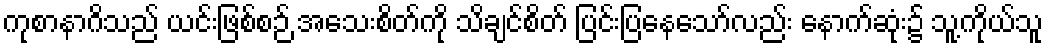
ကုစာနာဂိသည် ယင်းဖြစ်စဉ် အသေးစိတ်ကို သိချင်စိတ် ပြင်းပြနေသော်လည်း နောက်ဆုံး၌ သူ့ကိုယ်သူ